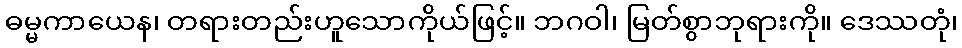
ဓမ္မကာယေန၊ တရားတည်းဟူသောကိုယ်ဖြင့်။ ဘဂဝါ၊ မြတ်စွာဘုရားကို။ ဒေဿတုံ၊